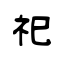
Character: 祀